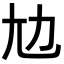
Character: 𡯄